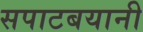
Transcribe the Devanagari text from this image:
सपाटबयानी